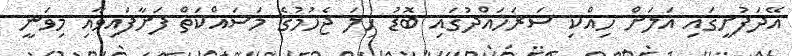
އޭދަފުށީގައި އަލަށް ހިއްކި ސަރަހައްދުގައި ބޮޑު ހިލަ ޖެހުމުގެ މަސައްކަތް ފަށާފައިވާއި މިވަނީ